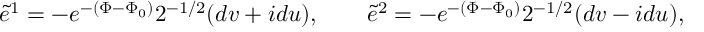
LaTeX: \widetilde e ^ { 1 } = - e ^ { - ( \Phi - \Phi _ { 0 } ) } 2 ^ { - 1 / 2 } ( d v + i d u ) , \qquad \widetilde e ^ { 2 } = - e ^ { - ( \Phi - \Phi _ { 0 } ) } 2 ^ { - 1 / 2 } ( d v - i d u ) ,